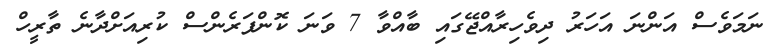
ނަމަވެސް އަންނަ އަހަރު ދިވެހިރާއްޖޭގައި ބާއްވާ 7 ވަނަ ކޮންފަރެންސް ކުރިއަށްދާނެ ތާރީހް